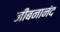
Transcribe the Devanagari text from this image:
जीबनानंद